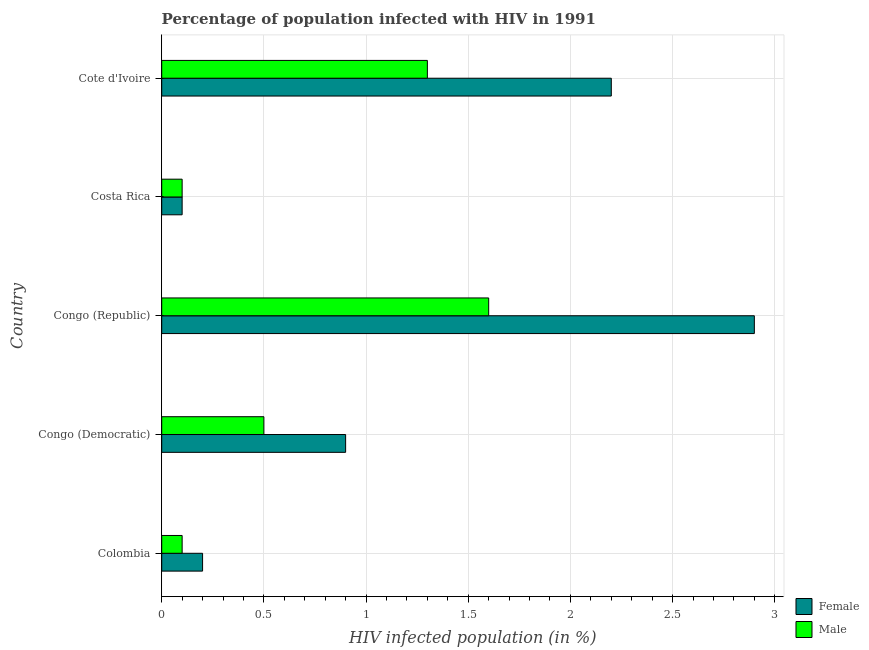
| Country | Female | Male |
 | --- | --- | --- |
 | Colombia | 0.2 | 0.1 |
 | Congo (Democratic) | 0.9 | 0.5 |
 | Congo (Republic) | 2.9 | 1.6 |
 | Costa Rica | 0.1 | 0.1 |
 | Cote d'Ivoire | 2.2 | 1.3 |